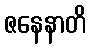
ဇနေနာတိ